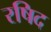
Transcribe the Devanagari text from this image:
रषिद